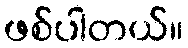
ဖစ်ပါတယ်။